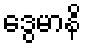
ဒွေမာနိ